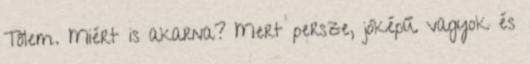
Tőlem. Miért is akarna? Mert persze, jóképű vagyok és